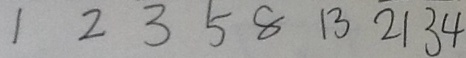
1 2 3 5 8 1 3 2 1 3 4